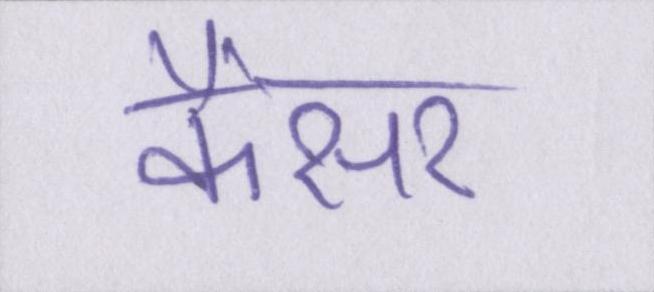
कैंसर